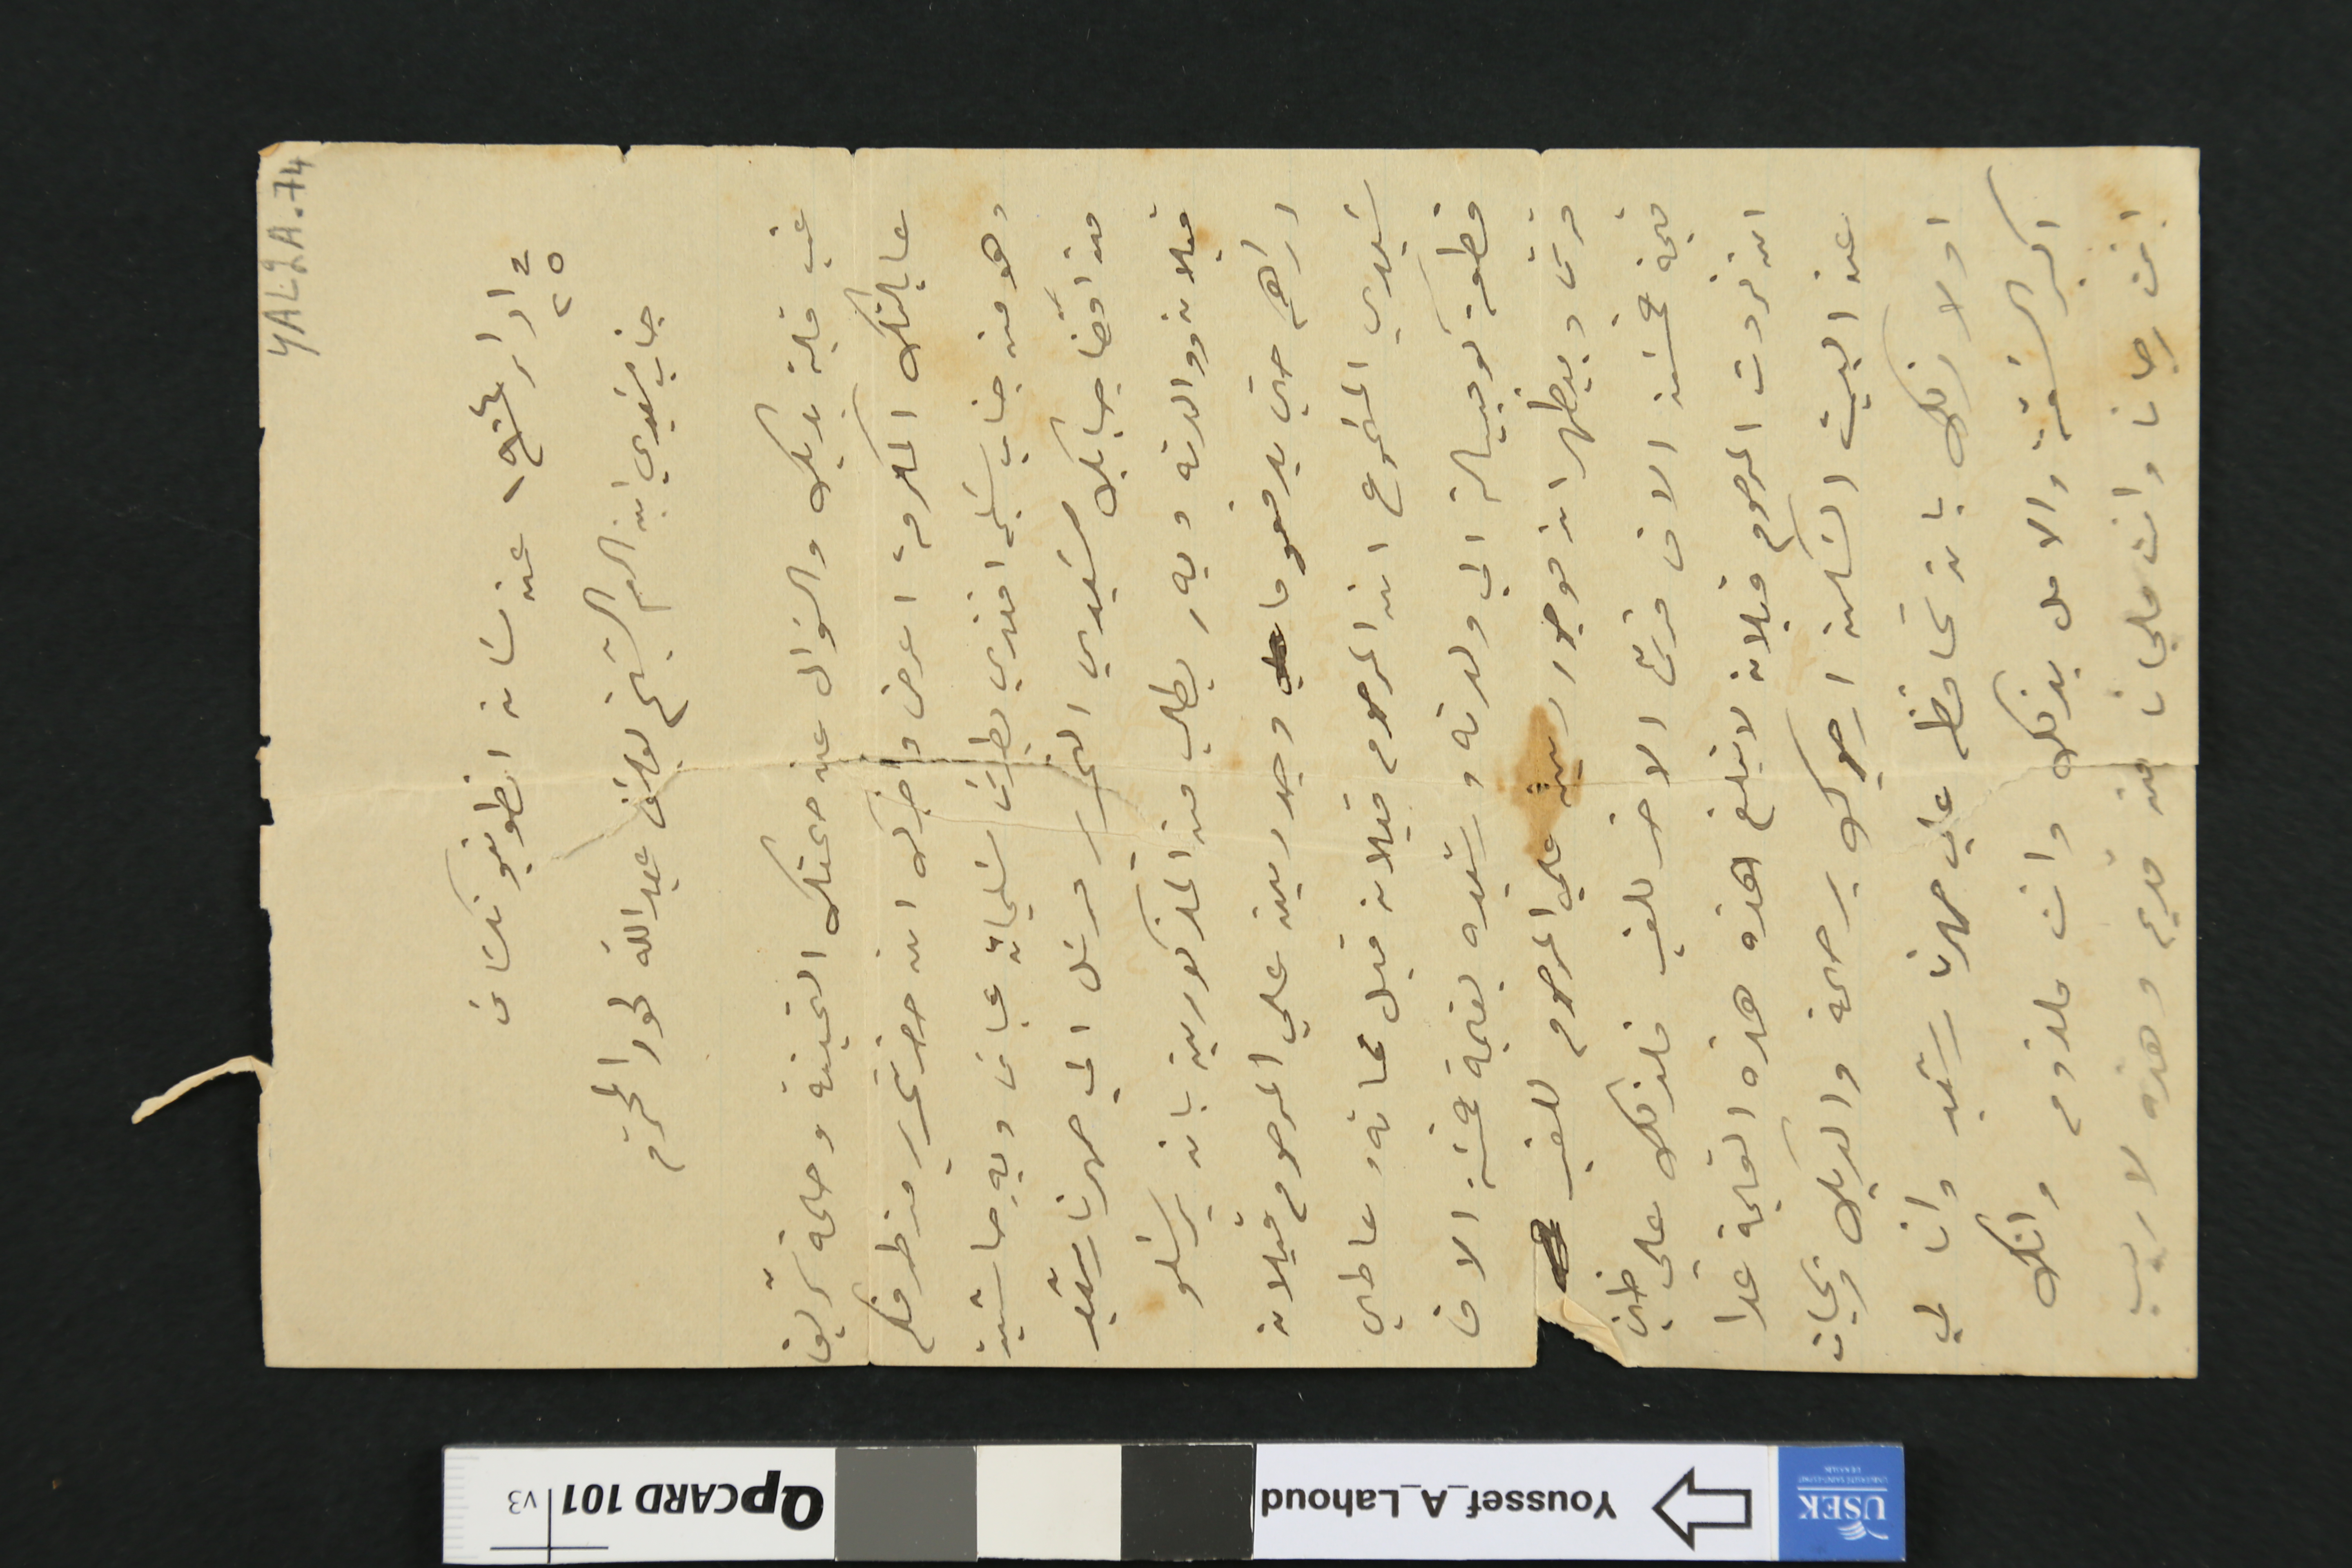
YAL2A-74
فى ٢٥ ادار /١٩٠٤ عن سَان انطونيو تكسَاسَ
جناب سَيدي ابن العم الشيخ يوسَف عبدالله لحود المحترم
غب قبلة يديك والسَوال عن صحتك الثمينة وصحة شريف
عايلتك المكرمة اعرض واخبرك انه حضر تحرير من طرفكم
وهو من جناب سَليم افندي بطرسَ سَليمان عباسَ وبه حاشية
من افضا حبابك سَيدي التحرير مرسَل الي صهرنا رشيد
قبلان ووالدته وبهِ يطلب من المذكورين بان يرسَلو
دراهم حتى يدفعو ما وجد دين علي المرحوم قبلان
سَيدي المسَموع ان المرحوم قبلان قبل مماتهُ عاطي
قطعة كومبيالة الي ولدته رشيده بقيمة خمسَة الاف
قرش وبيظهر انه موجود دين على المرحوم للغير
قيمة خمسَة الاف قرش الاخر للغير فلذلك على ظني
ان ثروت المرحوم قبلان لا تبلغ هذه هذه القيمة عدا
عن البيت السَكن ارجوك برحمة والديك وبحيات
اولادك بان تحافظ على صهرنا رشيد وانا لي
اكبر السَقة والامل بذلك وانت ملزوم وانك
انت رجانا وانت ملجانا من قديم وهذه لا ريب